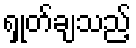
ရှုတ်ချသည့်